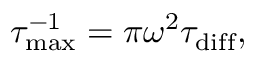
\tau _ { \mathrm { m a x } } ^ { - 1 } = \pi \omega ^ { 2 } \tau _ { \mathrm { d i f f } } ,